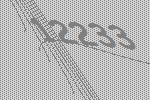
12233